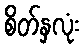
စိတ်နှလုံး